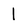
Character: 1